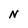
Character: N